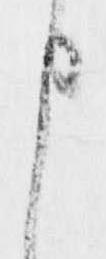
申